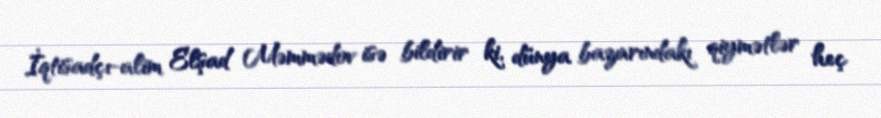
İqtisadçı-alim Elşad Məmmədov isə bildirir ki, dünya bazarındakı qiymətlər heç